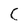
Character: C